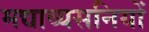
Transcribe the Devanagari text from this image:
मद्याव्यसनियों